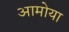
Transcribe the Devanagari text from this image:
आमोया